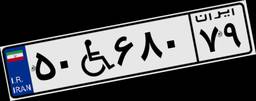
۷۷W۸۴۷۹۹